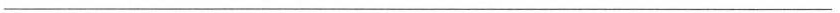
___